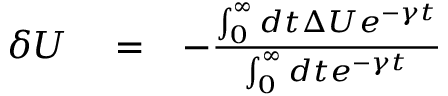
\begin{array} { r l r } { \delta U } & { { } = } & { - \frac { \int _ { 0 } ^ { \infty } d t \Delta U e ^ { - \gamma t } } { \int _ { 0 } ^ { \infty } d t e ^ { - \gamma t } } } \end{array}